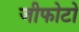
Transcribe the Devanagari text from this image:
जीफोटो